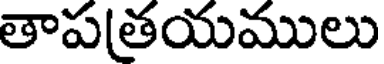
తాప(తయములు